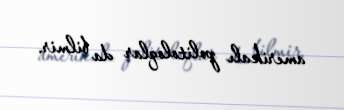
amerikalı politoloqlar da bilmir.